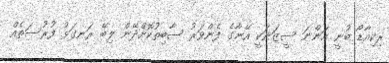
ރިކިއާޑޯ ބުނީ އަންނަ ސީޒަނަކީ އޭނާގެ ފެންވަރު ސާބިތުކޮށްދޭން ލިބޭ ރަނގަޅު ފުރުސަތެއް